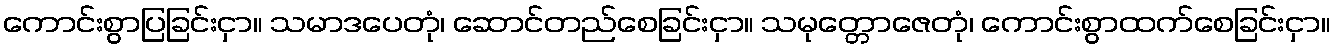
ကောင်းစွာပြခြင်းငှာ။ သမာဒပေတုံ၊ ဆောင်တည်စေခြင်းငှာ။ သမုတ္တောဇေတုံ၊ ကောင်းစွာထက်စေခြင်းငှာ။